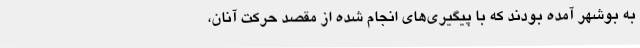
به بوشهر آمده بودند که با پیگیری‌های انجام شده از مقصد حرکت آنان،